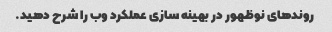
روندهای نوظهور در بهینه سازی عملکرد وب را شرح دهید.